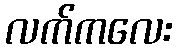
လက်ကလေး